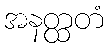
အနတ္ထတံ